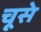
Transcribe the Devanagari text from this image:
चूसे